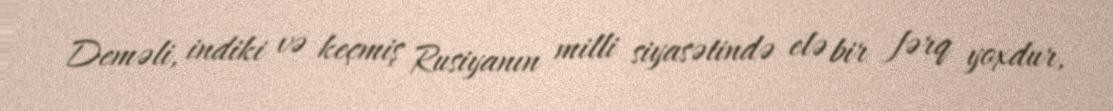
Deməli, indiki və keçmiş Rusiyanın milli siyasətində elə bir fərq yoxdur,